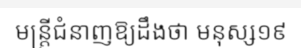
មន្ត្រីជំនាញឱ្យដឹងថា មនុស្ស១៩